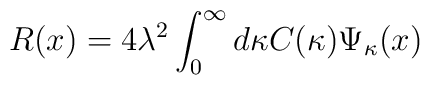
R(x)=4 \lambda^2 \int_{0}^{\infty} d\kappa C(\kappa) \Psi_{\kappa}(x)